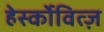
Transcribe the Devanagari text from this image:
हेर्स्कोवित्ज़